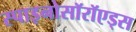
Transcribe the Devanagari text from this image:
स्पाइनोसॉरॉएड्स